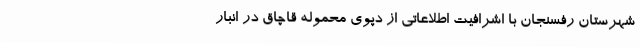
شهرستان رفسنجان با اشرافیت اطلاعاتی از دپوی محموله قاچاق در انبار